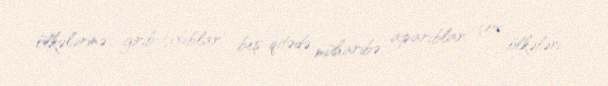
ölkələrinə girib-çıxıblar, beş qitədə müharibə aparıblar, çox ölkələri